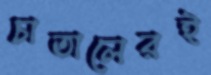
চাতালেরই